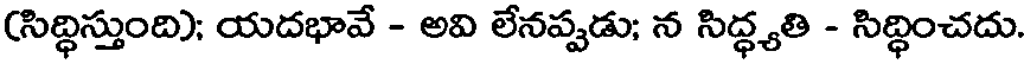
(సిద్ధిస్తుంది); యదభావే - అవి లేనప్పడు; న సిద్ధ్యతి - సిద్ధించదు.